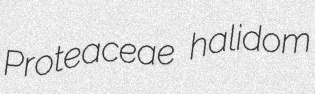
Proteaceae halidom